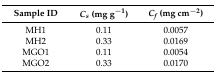
<table><thead><tr><td><b>Sample ID</b></td><td><b><i>C<sub>s</sub></i> (mg g<sup>−1</sup>)</b></td><td><b><i>C<sub>f</sub></i> (mg cm<sup>−2</sup>)</b></td></tr></thead><tbody><tr><td>MH1</td><td>0.11</td><td>0.0057</td></tr><tr><td>MH2</td><td>0.33</td><td>0.0169</td></tr><tr><td>MGO1</td><td>0.11</td><td>0.0054</td></tr><tr><td>MGO2</td><td>0.33</td><td>0.0170</td></tr></tbody></table>